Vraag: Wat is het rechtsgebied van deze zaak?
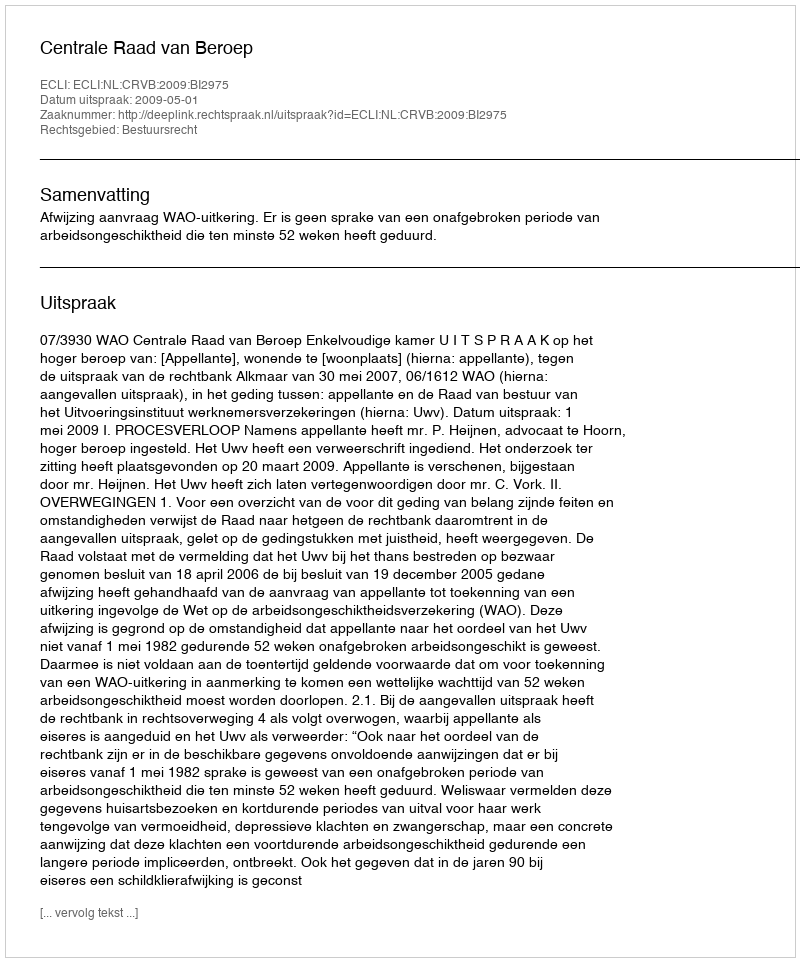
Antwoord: Bestuursrecht